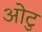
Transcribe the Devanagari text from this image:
ओटु